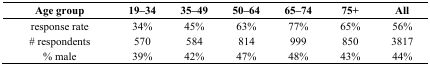
| Age group | 19–34 | 35–49 | 50–64 | 65–74 | 75+ | All |
 | --- | --- | --- | --- | --- | --- | --- |
 | response rate | 34% | 45% | 63% | 77% | 65% | 56% |
 | # respondents | 570 | 584 | 814 | 999 | 850 | 3817 |
 | % male | 39% | 42% | 47% | 48% | 43% | 44% |